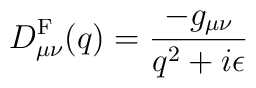
D_{\mu\nu}^{\rm F}(q) = \frac{-g_{\mu\nu}}{q^2+i\epsilon}